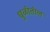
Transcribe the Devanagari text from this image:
धुळीतील